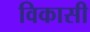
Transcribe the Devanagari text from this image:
विकासी